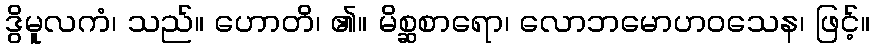
ဒွိမူလကံ၊ သည်။ ဟောတိ၊ ၏။ မိစ္ဆစာရော၊ လောဘမောဟဝသေန၊ ဖြင့်။